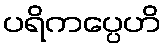
ပရိကပ္ပေဟိ